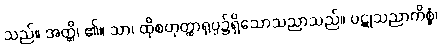
သည်။ အတ္ထိ၊ ၏။ သာ၊ ထိုစတုတ္ထာရုပ္ပ၌ရှိသောသညာသည်။ ပဋုသညာကိစ္စံ၊